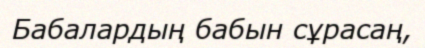
Бабалардың бабын сұрасаң,